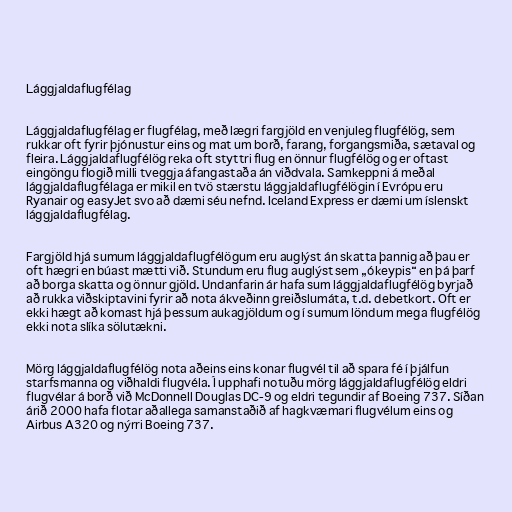
Lággjaldaflugfélag

Lággjaldaflugfélag er flugfélag, með lægri fargjöld en venjuleg flugfélög, sem
rukkar oft fyrir þjónustur eins og mat um borð, farang, forgangsmiða, sætaval og
fleira. Lággjaldaflugfélög reka oft styttri flug en önnur flugfélög og er oftast
eingöngu flogið milli tveggja áfangastaða án viðdvala. Samkeppni á meðal
lággjaldaflugfélaga er mikil en tvö stærstu lággjaldaflugfélögin í Evrópu eru
Ryanair og easyJet svo að dæmi séu nefnd. Iceland Express er dæmi um íslenskt
lággjaldaflugfélag.

Fargjöld hjá sumum lággjaldaflugfélögum eru auglýst án skatta þannig að þau er
oft hægri en búast mætti við. Stundum eru flug auglýst sem „ókeypis“ en þá þarf
að borga skatta og önnur gjöld. Undanfarin ár hafa sum lággjaldaflugfélög byrjað
að rukka viðskiptavini fyrir að nota ákveðinn greiðslumáta, t.d. debetkort. Oft er
ekki hægt að komast hjá þessum aukagjöldum og í sumum löndum mega flugfélög
ekki nota slíka sölutækni.

Mörg lággjaldaflugfélög nota aðeins eins konar flugvél til að spara fé í þjálfun
starfsmanna og viðhaldi flugvéla. Í upphafi notuðu mörg lággjaldaflugfélög eldri
flugvélar á borð við McDonnell Douglas DC-9 og eldri tegundir af Boeing 737. Síðan
árið 2000 hafa flotar aðallega samanstaðið af hagkvæmari flugvélum eins og
Airbus A320 og nýrri Boeing 737.